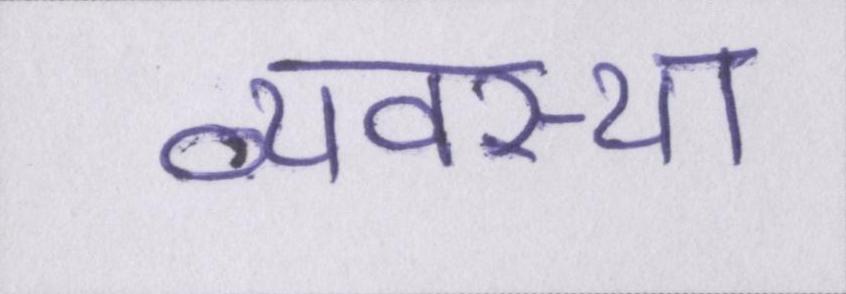
व्यवस्था